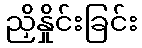
ညှိနှိုင်းခြင်း